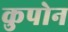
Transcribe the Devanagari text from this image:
कुपोन